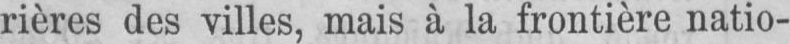
rières des villes, mais à la frontière natio-